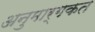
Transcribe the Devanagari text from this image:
अनुमार्गकत